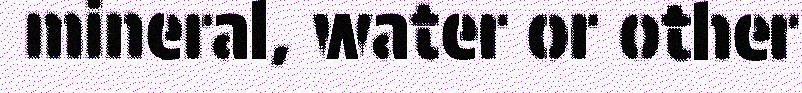
mineral, water or other